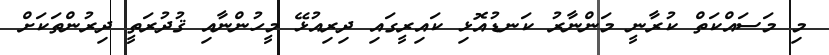
މި މަސައްކަތް ކުރާނީ މަންނާރު ކަނޑުއޮޅި ކައިރީގައި ދިރިއުޅޭ މީހުންނާއި ޤުދުރަތީ ދިރުންތަކަށް